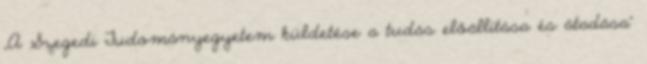
„A Szegedi Tudományegyetem küldetése a tudás előállítása és átadása”